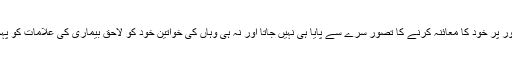
وہاں اپنے طور پر خود کا معائنہ کرنے کا تصور سرے سے پایا ہی نہیں جاتا اور نہ ہی وہاں کی خواتین خود کو لاحق بیماری کی علامات کو پہچان پاتی ہیں۔